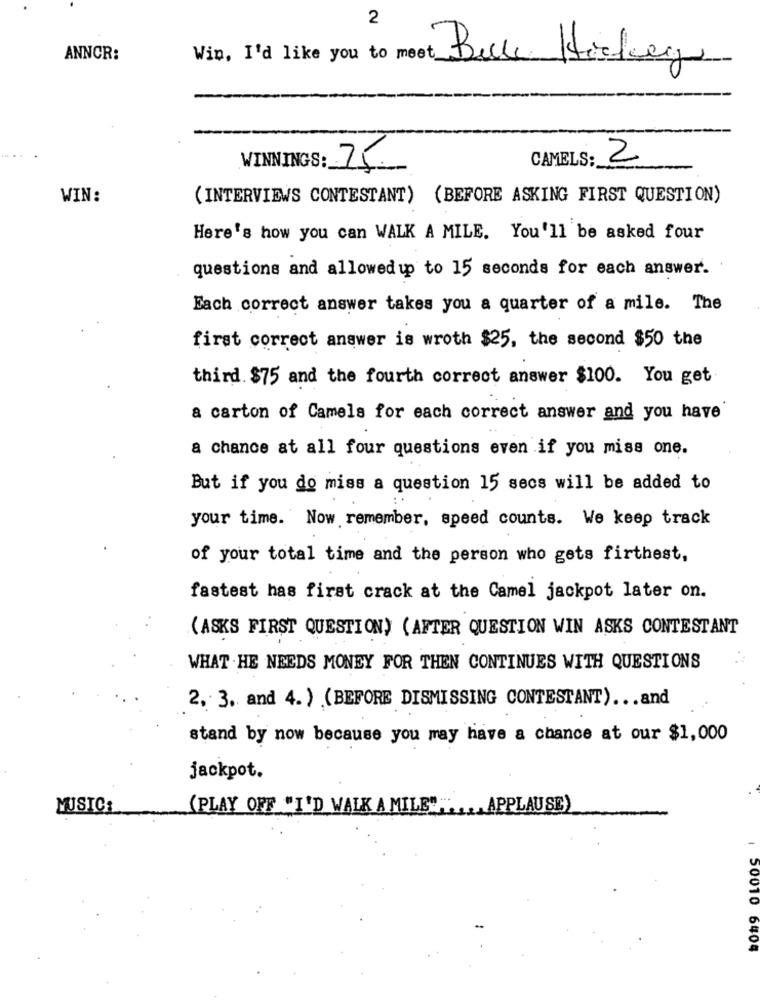
2
ANNCR:
Win, I'd like you to meet_
Bue Hirkeg
CAMELS:
2
WINNINGS: 75
WIN:
(INTERVIEWS CONTESTANT) (BEFORE ASKING FIRST QUESTION)
Here's how you can WALK A MILE. You'll be asked four
questions and allowedup to 15 seconds for each answer.
Each correct answer takes you a quarter of a mile. The
first correct answer is wroth $25, the second $50 the
third. $75 and the fourth correct answer $100. You get
a carton of Camels for each correct answer and you have
a chance at all four questions even if you miss one.
But if you do miss a question 15 secs will be added to
your time. Now remember, speed counts. We keep track
of your total time and the person who gets firthest,
fastest has first crack at the Camel jackpot later on.
(ASKS FIRST QUESTION) (AFTER QUESTION WIN ASKS CONTESTANT
WHAT . HE NEEDS MONEY FOR THEN CONTINUES WITH QUESTIONS
2. 3. and 4. ) (BEFORE DISMISSING CONTESTANT) ... and
stand by now because you may have a chance at our $1,000
jackpot.
MUSIC:
(PLAY OFF "I'D WALK A MILE"" ... APPLAUSE)
1 50010 6404